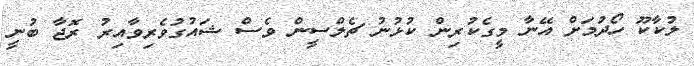
ލުކާކޫ ހޯދުމަށް އޭނާ މީގެކުރިން ކުޅުނު ޗެލްސީން ވެސް ޝައުގުވެރިވާއިރު ރޮޖާ ބުނީ